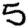
Digit: 5